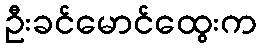
ဦးခင်မောင်ထွေးက